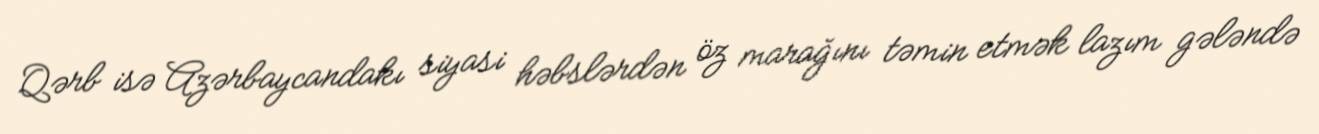
Qərb isə Azərbaycandakı siyasi həbslərdən öz marağını təmin etmək lazım gələndə